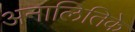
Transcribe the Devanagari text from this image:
अनालितिके